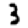
Digit: 3